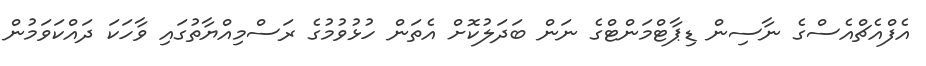
އެފްއެޗްއެސްގެ ނާސިން ޑިޕާޓްމަންޓްގެ ނަން ބަދަލުކޮށް އެތަން ހުޅުވުމުގެ ރަސްމިއްޔާތުގައި ވާހަކަ ދައްކަވަމުން